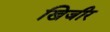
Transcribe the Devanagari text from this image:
खिजीर